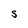
Character: S